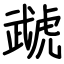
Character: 虣